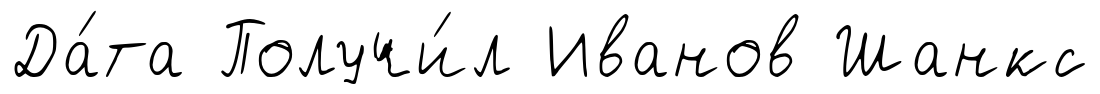
Да́та Получи́л Иванов Шанкс